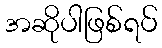
အဆိုပါဖြစ်ရပ်